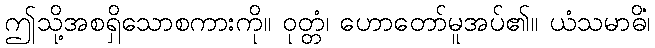
ဤသို့အစရှိသောစကားကို။ ဝုတ္တံ၊ ဟောတော်မူအပ်၏။ ယံသမာဓိံ၊